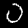
Digit: 0